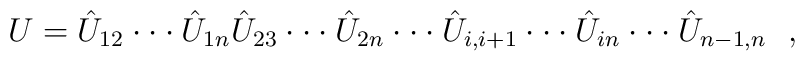
U = \hat{U}_{12} \cdot \cdot \cdot \hat{U}_{1n}\hat{U}_{23}\cdot \cdot \cdot \hat{U}_{2n} \cdot \cdot \cdot \hat{U}_{i, i+1}\cdot \cdot \cdot \hat{U}_{in} \cdot \cdot \cdot \hat{U}_{n-1, n} \ \ ,